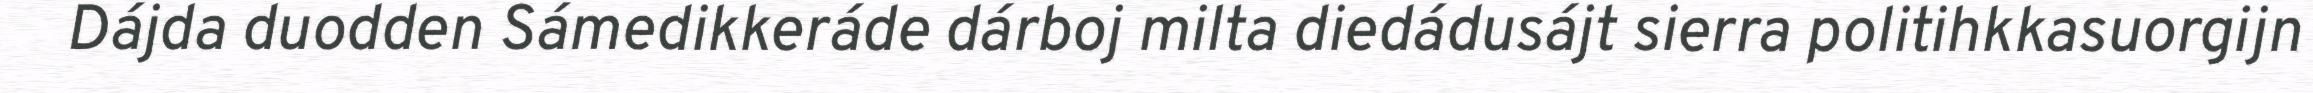
Dájda duodden Sámedikkeráde dárboj milta diedádusájt sierra politihkkasuorgijn